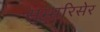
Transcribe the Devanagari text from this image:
सुम्मरिसेर